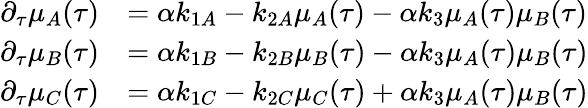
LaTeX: \begin{array}{rl}{\partial_{\tau}\mu_{A}(\tau)}&{=\alpha k_{1A}-k_{2A}\mu_{A}(\tau)-\alpha k_{3}\mu_{A}(\tau)\mu_{B}(\tau)}\\ {\partial_{\tau}\mu_{B}(\tau)}&{=\alpha k_{1B}-k_{2B}\mu_{B}(\tau)-\alpha k_{3}\mu_{A}(\tau)\mu_{B}(\tau)}\\ {\partial_{\tau}\mu_{C}(\tau)}&{=\alpha k_{1C}-k_{2C}\mu_{C}(\tau)+\alpha k_{3}\mu_{A}(\tau)\mu_{B}(\tau)}\end{array}